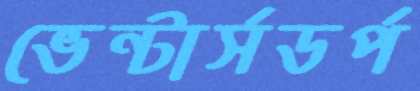
ভেন্টার্সডর্প